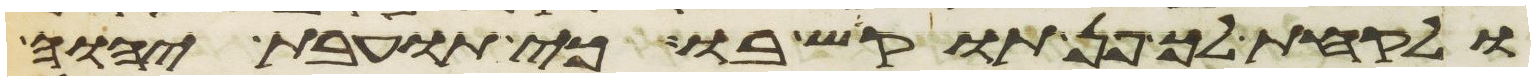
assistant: ולקחת לך פן תוקש בו כי תועבת יהוה